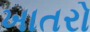
ખાતરો